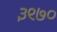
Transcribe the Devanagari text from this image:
३९७०